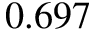
0 . 6 9 7